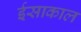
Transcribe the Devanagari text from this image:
ईसाकाल